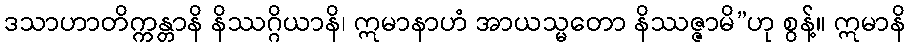
ဒသာဟာတိက္ကန္တာနိ နိဿဂ္ဂိယာနိ၊ ဣမာနာဟံ အာယသ္မတော နိဿဇ္ဇာမိ”ဟု စွန့်။ ဣမာနိ